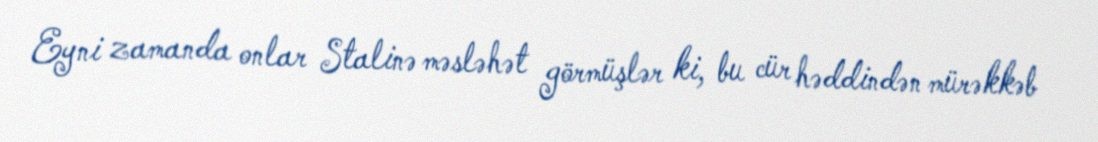
Eyni zamanda onlar Stalinə məsləhət görmüşlər ki, bu cür həddindən mürəkkəb